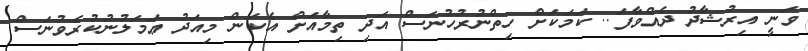
ވަނީ އިރުޝާދު ދެއްވާފަ.. ކަމަކަށް ހިތްނުރުހުނަސް އަދި ތިމާއަށް އެކަން މިއަދު ޢަމަލުނުކުރެވުނަސް